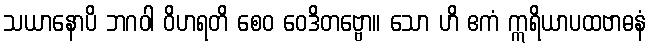
သယာနောပိ ဘဂဝါ ဝိဟရတိ စေဝ ဝေဒိတဗ္ဗော။ သော ဟိ ဧကံ ဣရိယာပထဗာဓနံ